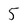
Character: 5